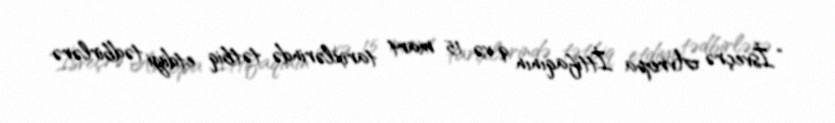
“İsveçrə Avropa İttifaqının 9 və 15 mart tarixlərində tətbiq etdiyi tədbirlərə